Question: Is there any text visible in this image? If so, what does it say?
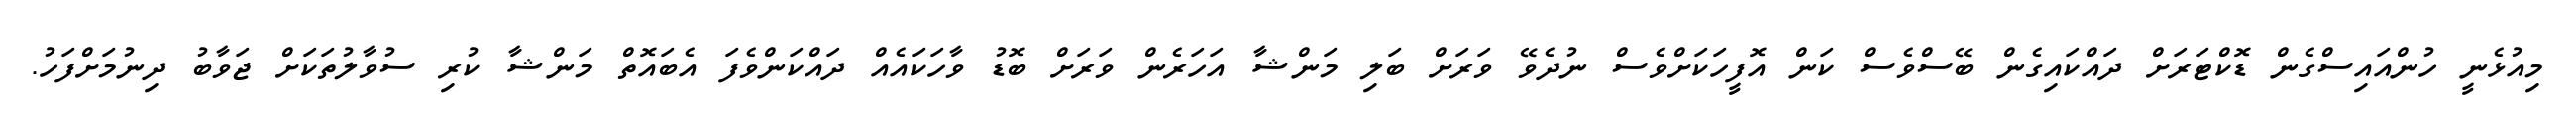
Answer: މިއުޅެނީ ހުންއައިސްގެން ޑޮކްޓަރަށް ދައްކައިގެން ބޭސްވެސް ކަން އޮފީހަކަށްވެސް ނުދެވޭ ވަރަށް ބަލި މަންޝާ އަހަރެން ވަރަށް ބޮޑު ވާހަކައެއް ދައްކަންވެފަ އެބައޮތް މަންޝާ ކުރި ސުވާލުތަކަށް ޖަވާބު ދިނުމަށްފަހު.